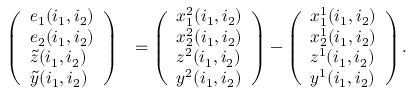
\begin{array} { r l } { \left( \begin{array} { l } { e _ { 1 } ( i _ { 1 } , i _ { 2 } ) } \\ { e _ { 2 } ( i _ { 1 } , i _ { 2 } ) } \\ { \tilde { z } ( i _ { 1 } , i _ { 2 } ) } \\ { \tilde { y } ( i _ { 1 } , i _ { 2 } ) } \end{array} \right) } & { = \left( \begin{array} { l } { x _ { 1 } ^ { 2 } ( i _ { 1 } , i _ { 2 } ) } \\ { x _ { 2 } ^ { 2 } ( i _ { 1 } , i _ { 2 } ) } \\ { z ^ { 2 } ( i _ { 1 } , i _ { 2 } ) } \\ { y ^ { 2 } ( i _ { 1 } , i _ { 2 } ) } \end{array} \right) - \left( \begin{array} { l } { x _ { 1 } ^ { 1 } ( i _ { 1 } , i _ { 2 } ) } \\ { x _ { 2 } ^ { 1 } ( i _ { 1 } , i _ { 2 } ) } \\ { z ^ { 1 } ( i _ { 1 } , i _ { 2 } ) } \\ { y ^ { 1 } ( i _ { 1 } , i _ { 2 } ) } \end{array} \right) . } \end{array}